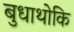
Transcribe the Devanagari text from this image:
बुधाथोकि